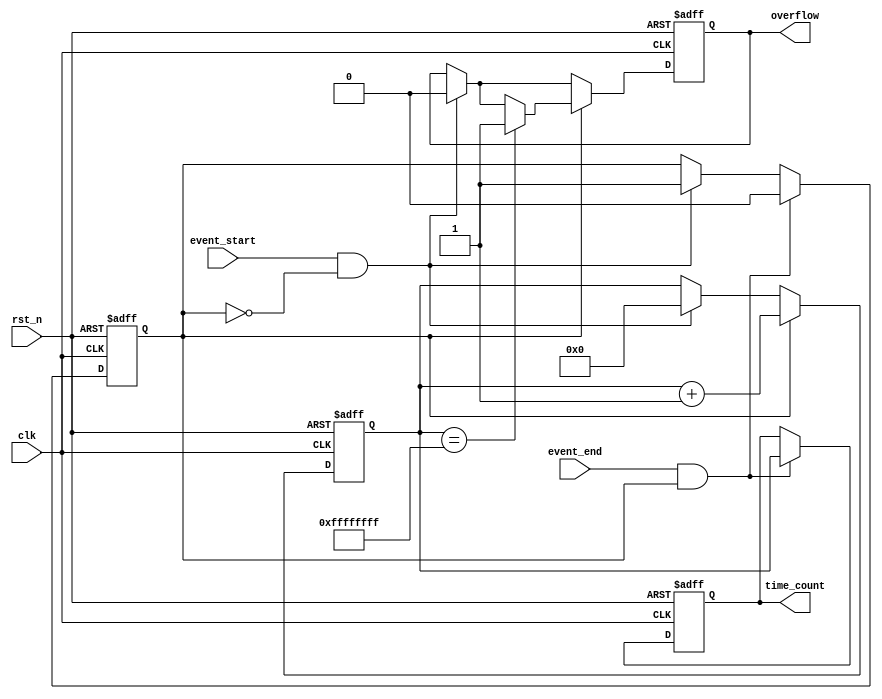
module TDC (
    input wire clk,                // High-frequency clock
    input wire rst_n,              // Active low reset
    input wire event_start,        // Start event signal
    input wire event_end,          // End event signal
    output reg [31:0] time_count,  // Output time interval count
    output reg overflow            // Overflow flag
);

    reg [31:0] counter;            // Counter to measure time intervals
    reg counting;                  // Counting state flag

    // Asynchronous reset and counting logic
    always @(posedge clk or negedge rst_n) begin
        if (!rst_n) begin
            counter <= 32'b0;      // Reset counter
            time_count <= 32'b0;   // Reset output count
            overflow <= 1'b0;      // Reset overflow flag
            counting <= 1'b0;      // Reset counting state
        end else begin
            if (event_start && !counting) begin
                counting <= 1'b1;   // Start counting on event_start
                counter <= 32'b0;   // Reset counter
                overflow <= 1'b0;    // Reset overflow flag
            end
            
            if (counting) begin
                counter <= counter + 1; // Increment counter on each clock cycle
                
                // Check for overflow (assuming 32-bit counter)
                if (counter == 32'hFFFFFFFF) begin
                    overflow <= 1'b1; // Set overflow flag
                end
            end
            
            if (event_end && counting) begin
                counting <= 1'b0;   // Stop counting on event_end
                time_count <= counter; // Latch the counter value
            end
        end
    end

endmodule